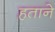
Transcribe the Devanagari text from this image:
हताने